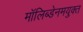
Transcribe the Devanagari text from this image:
मॉलिब्डेनमयुक्त